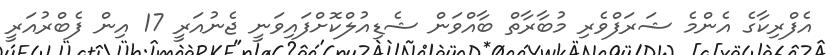
އެފްރިކާގެ އެންމެ ޝަރަފްވެރި މުބާރާތް ބާއްވަން ޝެޑިއުލްކޮށްފައިވަނީ ޖެނުއަރީ 17 އިން ފެބްރުއަރީ